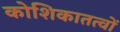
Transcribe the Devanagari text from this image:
कोशिकातत्वों